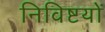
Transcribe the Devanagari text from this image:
निविष्टयों